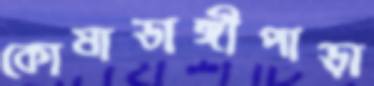
কোষাডাঙ্গীপাড়া